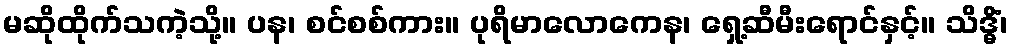
မဆိုထိုက်သကဲ့သို့။ ပန၊ စင်စစ်ကား။ ပုရိမာလောကေန၊ ရှေ့ဆီမီးရောင်နှင့်။ သိဒ္ဓိံ၊